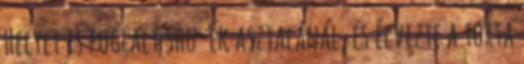
Helyet is foglalt Shu-ék asztalánál, és élvezte a torta